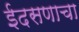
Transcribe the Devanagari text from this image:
ईदसणाचा